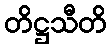
တိဋ္ဌသီတိ